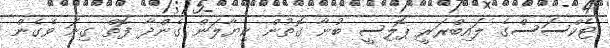
ޓެކްސަސްގެ ލައިބްރަރީ ޕޮލިސީ ބުނާ ގޮތުން ކިޔާލަން ގެންދާ ފޮތް ގިނަ ވެގެން